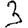
Digit: 3